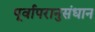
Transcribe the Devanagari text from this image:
पूर्वापरानुसंधान